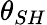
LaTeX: {\theta}_{SH}